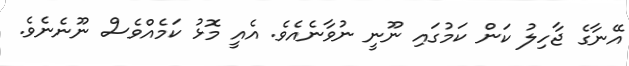
އޭނާގެ ޖާހިލު ކަން ކަމުގައި ނޫނީ ނުވާނެއެވެ. އެއީ މޮޅު ކަމެއްވެސް ނޫނެނެވެ.